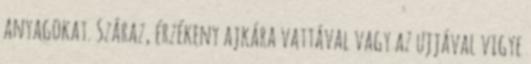
anyagokat. Száraz, érzékeny ajkára vattával vagy az ujjával vigye